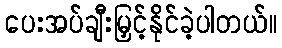
ပေးအပ်ချီးမြှင့်နိုင်ခဲ့ပါတယ်။